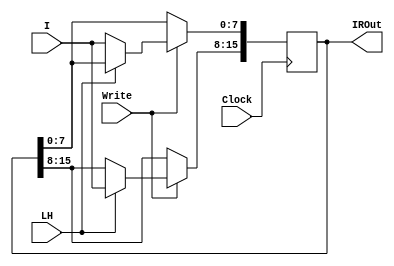
`timescale 1ns / 1ps
//////////////////////////////////////////////////////////////////////////////////
// Company: ITU COMPUTER ENGINEERING DEPARTMENT
// 
// Module Name: InstructionRegister
// Project Name: COMPUTER ORGANIZATION PROJECT-1
//////////////////////////////////////////////////////////////////////////////////

module InstructionRegister #(parameter n = 16)(
    input wire [7:0] I,     //Input Data
    input wire Write,       //Enable of Writing
    input wire LH,          //Selector of the 8 bit to be written
    input wire Clock,       //Clock Signal
    output reg [15:0] IROut //Output Data
);

    always @(posedge Clock) //Works at positive edge
        begin
            if(Write) //Works if Write is enabled
                begin
                    case(LH) //Selector
                        1'b0 : IROut[7:0] <= I[7:0]; //Write the 8 LSB
                        1'b1 : IROut[15:8] <= I[7:0];//Write the 8 MSB
                        default: IROut <= IROut;     //Default is Retaining Value
                    endcase                      
                end
            else //If not Enabled, Retain Value
                begin
                    IROut <= IROut;
                end
        end
    

endmodule